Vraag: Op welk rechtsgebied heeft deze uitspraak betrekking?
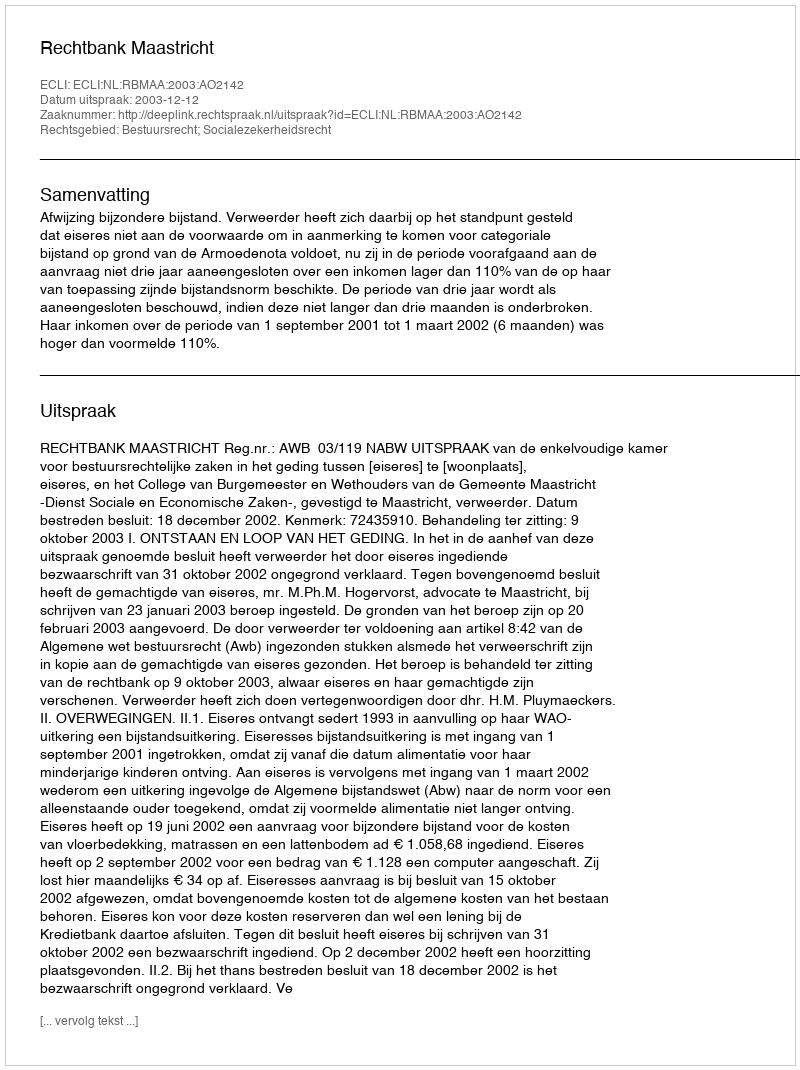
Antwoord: Bestuursrecht; Socialezekerheidsrecht